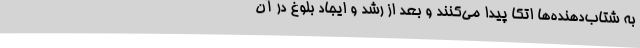
به شتاب‌دهنده‌ها اتکا پیدا می‌کنند و بعد از رشد و ایجاد بلوغ در آن